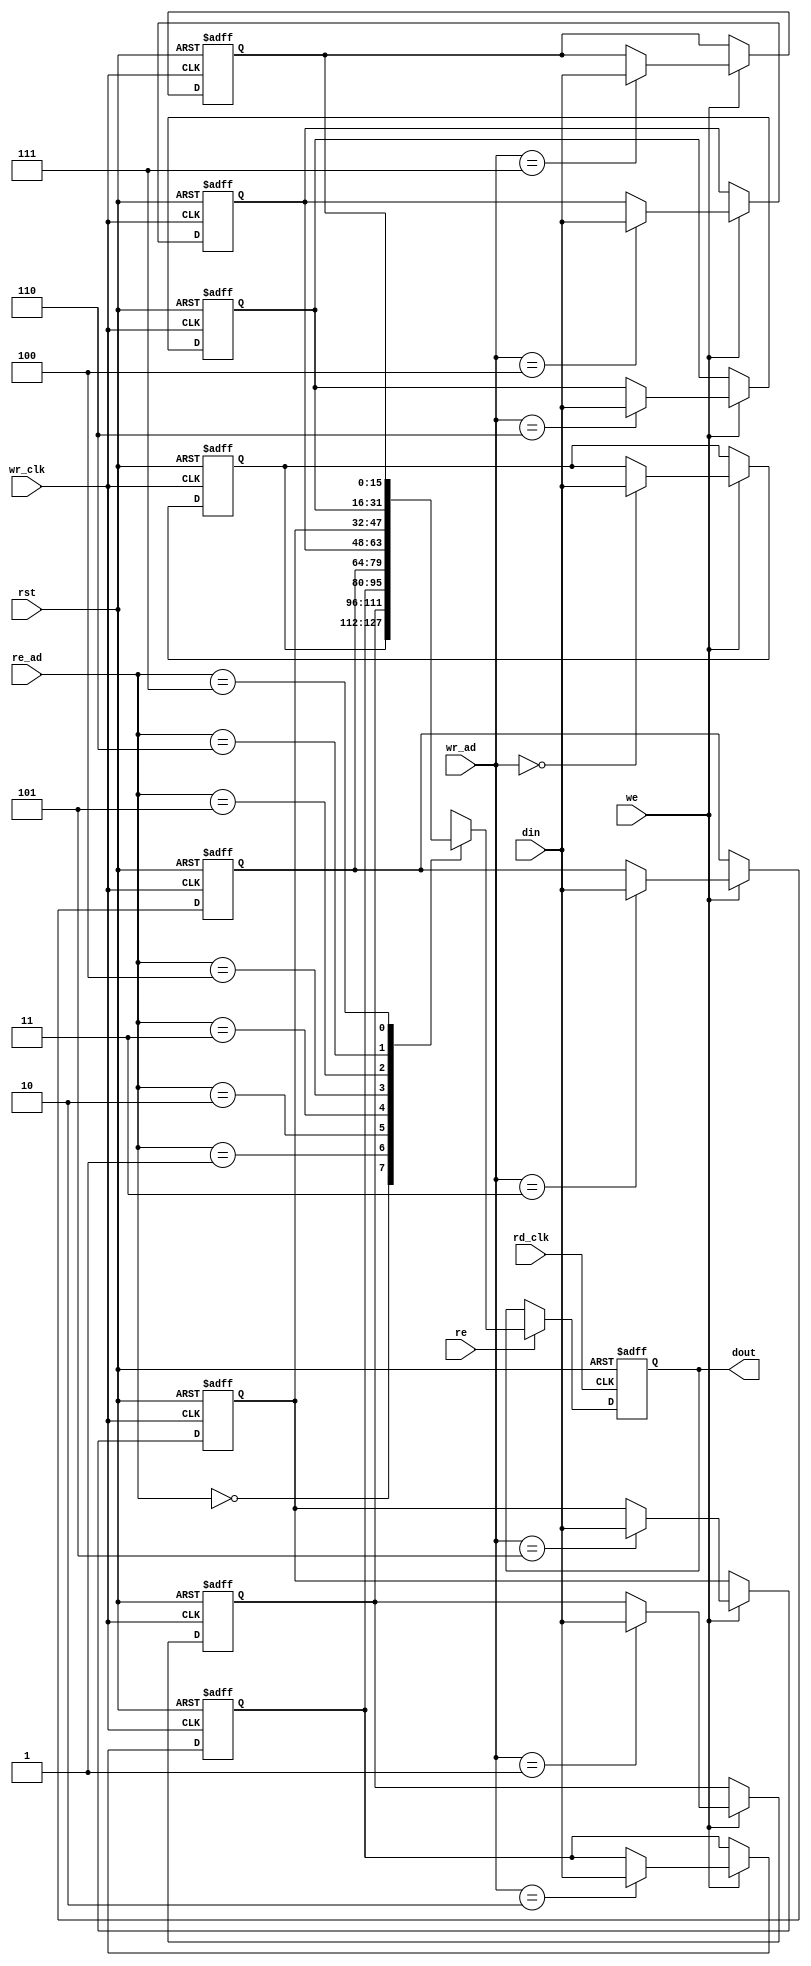
module dualport_as_ram(rd_clk,wr_clk,rst,din,dout,re,we,re_ad,wr_ad);

parameter width=16; 
parameter depth=8 ;
parameter ad_bus=3;

input rd_clk,wr_clk,re,we,rst;
input [width-1:0] din;
output reg [width-1:0] dout;
input [ad_bus-1:0] re_ad,wr_ad;
reg [width-1:0] mem [depth-1:0];
integer i;

//for writing

always @(posedge wr_clk or posedge rst)
begin
if(rst)
	begin
	for(i=0;i<8;i=i+1)
		begin
		mem[i]<=0;
		end
	end
else if(we)
	begin
		mem[wr_ad]<=din;
	end
end
//for reading
always @(posedge rd_clk or posedge rst)
begin
if(rst)
	begin
	for(i=0;i<8;i=i+1)
		begin
		dout<=0;
		end
	end
else if(re)
	begin
		dout<=mem[re_ad];
	end
end

endmodule